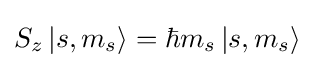
S_{z}\left|s,m_{s}\right\rangle =\hbar m_{s}\left|s,m_{s}\right\rangle